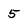
Character: 5